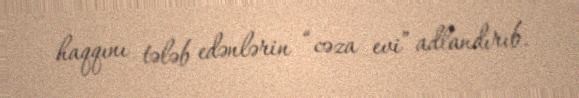
haqqını tələb edənlərin “cəza evi” adlandırıb.